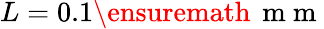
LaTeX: L=0.1{\ensuremath{\, \mathrm{~m~m~}}}